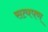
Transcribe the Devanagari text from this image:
सत्यपण